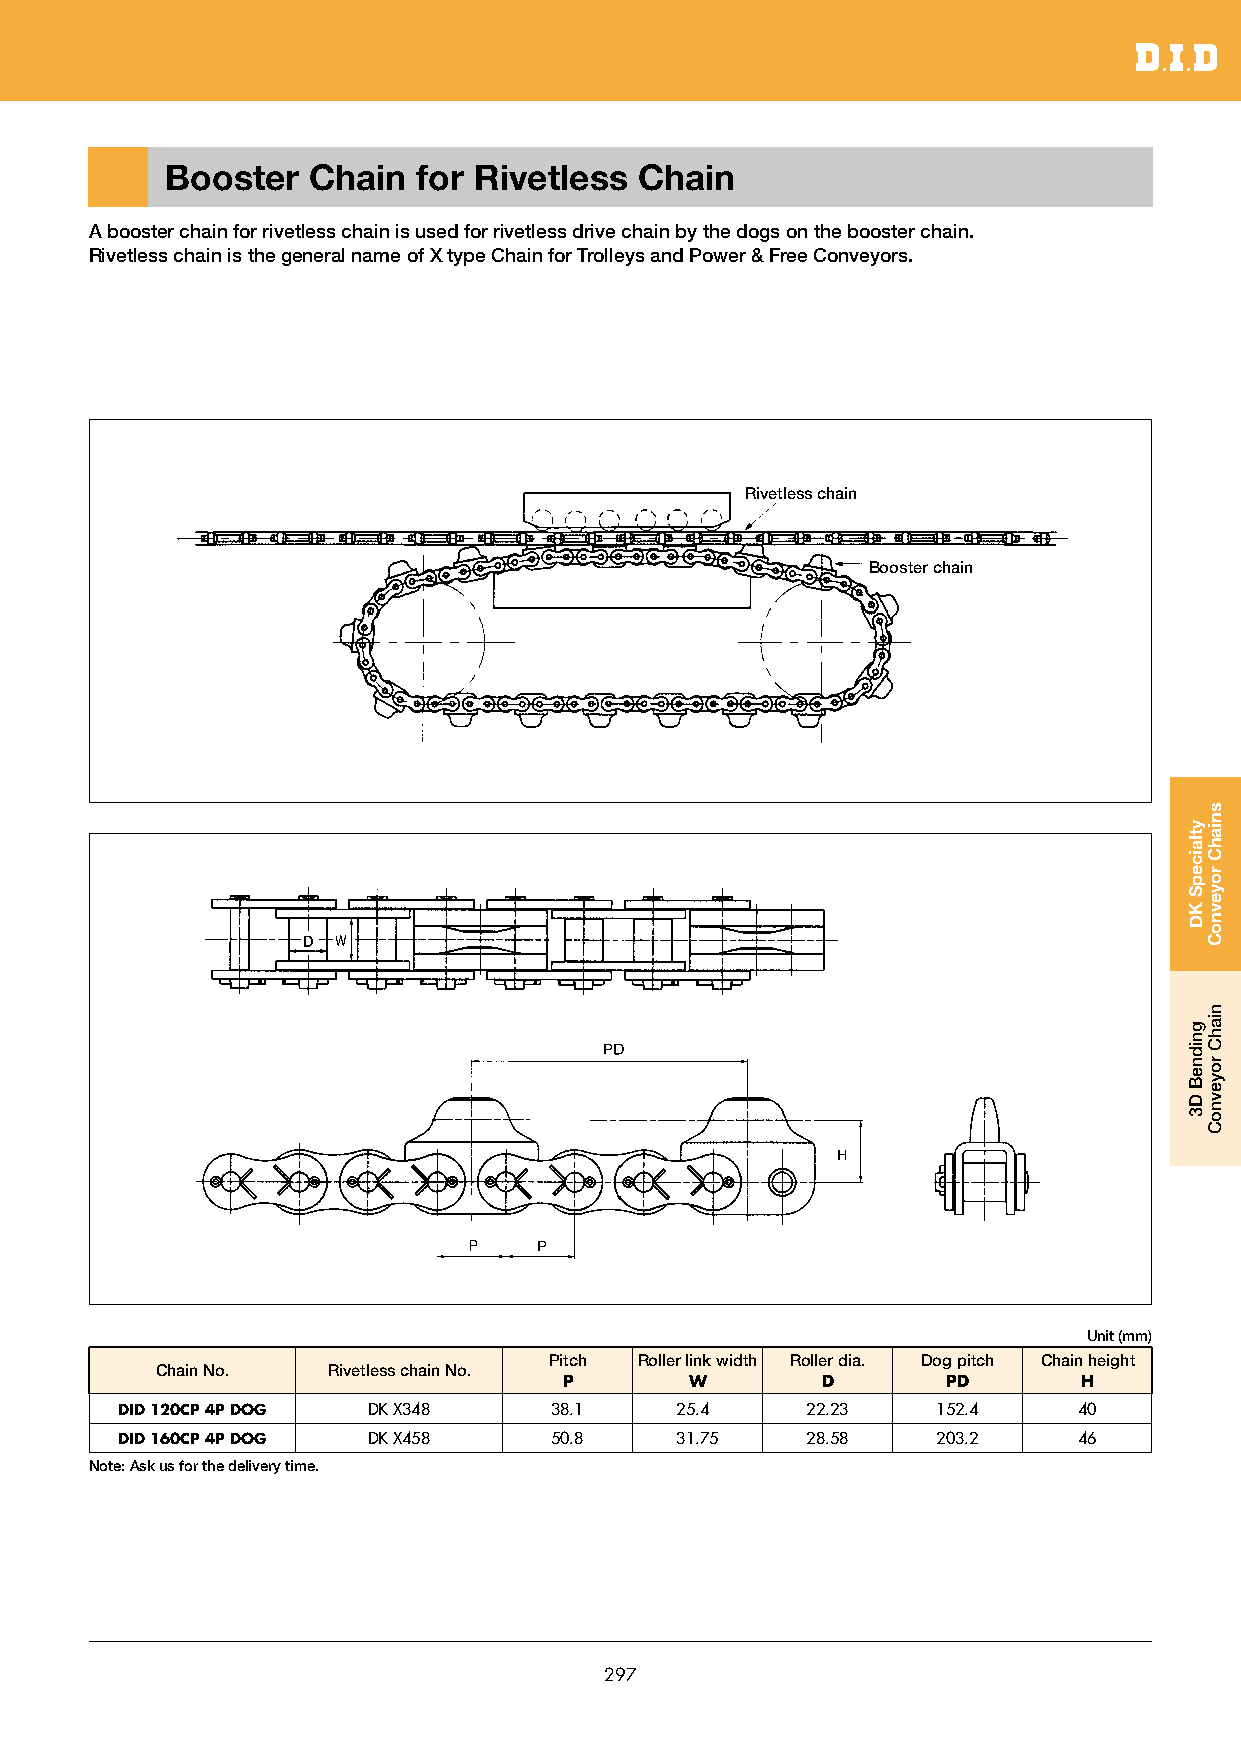
Booster  Chain   for Rivetless Chain
 A booster chain for rivetless chain is used for rivetless drive chain by the dogs on the booster chain.
 Rivetless chain is the general name of X type Chain for Trolleys and Power & Free Conveyors.
 Rivetless chain
 Booster chain
 Unit (mm)
 Pitch Roller link width Roller dia. Dog pitch Chain height
 Chain No.   Rivetless chain No.
 P        W       D        PD       H
 DID 120CP 4P DOG DK X348    38.1     25.40   22.23    152.4    40
 DID 160CP 4P DOG DK X458    50.8     31.75   28.58    203.2    46
 Note: Ask us for the delivery time.
 297
 ytlaicepS
 KD
 gnidneB
 D3
 sniahC
 royevnoC
 niahC
 royevnoC